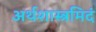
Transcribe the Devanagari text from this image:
अर्थशास्त्रमिदं